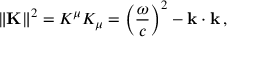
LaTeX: \| \mathbf { K } \| ^ { 2 } = K ^ { \mu } K _ { \mu } = \left( { \frac { \omega } { c } } \right) ^ { 2 } - \mathbf { k } \cdot \mathbf { k } \, ,